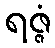
ရဇ္ဇံ